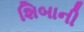
શિબાની